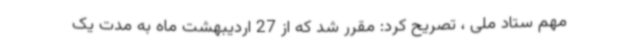
مهم ستاد ملی ، تصریح کرد: مقرر شد که از 27 اردیبهشت ماه به مدت یک